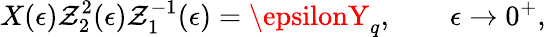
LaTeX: X(\epsilon)\mathcal{Z}_{2}^{2}(\epsilon)\mathcal{Z}_{1}^{-1}(\epsilon)=\epsilonY_{q},\qquad\epsilon\rightarrow0^{+},